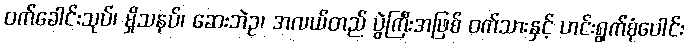
ဝက်ခေါင်းသုပ်၊ မှိုသနပ်၊ ဆေးဘဲဥ၊ အလယ်တည် ပွဲကြီးအဖြစ် ဝက်သားနှင့် ဟင်းရွက်စုံပေါင်း